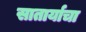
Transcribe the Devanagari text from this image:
सातार्याचा